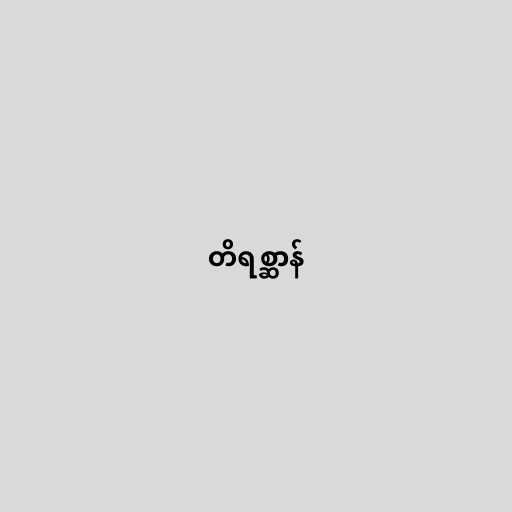
တိရစ္ဆာန်